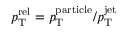
p _ { \mathrm { T } } ^ { \mathrm { r e l } } = p _ { \mathrm { T } } ^ { \mathrm { p a r t i c l e } } / p _ { \mathrm { T } } ^ { \mathrm { j e t } }